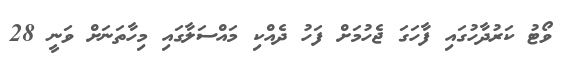
ވޯޓު ކަރުދާހުގައި ފާހަގަ ޖެހުމަށް ފަހު ދެއްކި މައްސަލާގައި މިހާތަނަށް ވަނީ 28